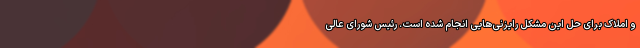
و املاک برای حل این مشکل رایزنی‌هایی انجام شده است. رئیس شورای عالی